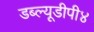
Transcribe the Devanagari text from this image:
डब्ल्यूडीपी४